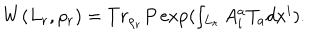
W ( L _ { r } , \rho _ { r } ) = T r _ { \rho _ { r } } P \exp ( \smallint _ { L _ { r } } A _ { i } ^ { a } T _ { a } d x ^ { i } ) .